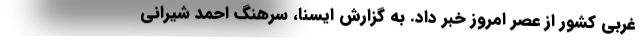
غربی کشور از عصر امروز خبر داد. به گزارش ایسنا، سرهنگ احمد شیرانی